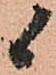
候